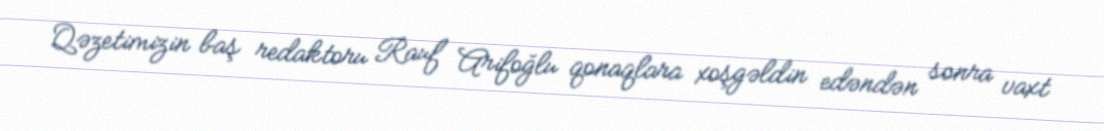
Qəzetimizin baş redaktoru Rauf Arifoğlu qonaqlara xoşgəldin edəndən sonra vaxt